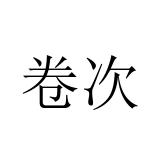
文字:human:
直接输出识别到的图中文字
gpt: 卷次